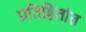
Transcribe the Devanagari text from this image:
प्रतिष्ठितांत